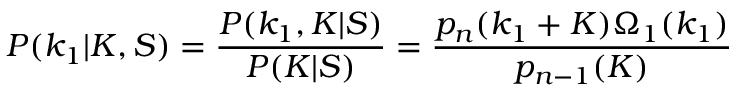
P ( k _ { 1 } | K , S ) = \frac { P ( k _ { 1 } , K | S ) } { P ( K | S ) } = \frac { p _ { n } ( k _ { 1 } + K ) \Omega _ { 1 } ( k _ { 1 } ) } { p _ { n - 1 } ( K ) }